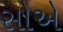
સોએ